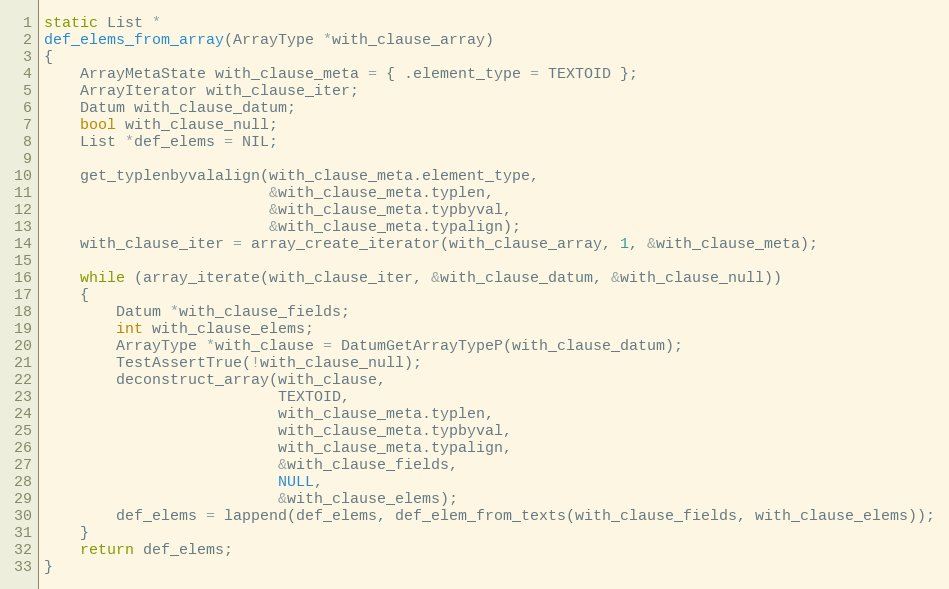
Language: C
static List *
def_elems_from_array(ArrayType *with_clause_array)
{
	ArrayMetaState with_clause_meta = { .element_type = TEXTOID };
	ArrayIterator with_clause_iter;
	Datum with_clause_datum;
	bool with_clause_null;
	List *def_elems = NIL;

	get_typlenbyvalalign(with_clause_meta.element_type,
						 &with_clause_meta.typlen,
						 &with_clause_meta.typbyval,
						 &with_clause_meta.typalign);
	with_clause_iter = array_create_iterator(with_clause_array, 1, &with_clause_meta);

	while (array_iterate(with_clause_iter, &with_clause_datum, &with_clause_null))
	{
		Datum *with_clause_fields;
		int with_clause_elems;
		ArrayType *with_clause = DatumGetArrayTypeP(with_clause_datum);
		TestAssertTrue(!with_clause_null);
		deconstruct_array(with_clause,
						  TEXTOID,
						  with_clause_meta.typlen,
						  with_clause_meta.typbyval,
						  with_clause_meta.typalign,
						  &with_clause_fields,
						  NULL,
						  &with_clause_elems);
		def_elems = lappend(def_elems, def_elem_from_texts(with_clause_fields, with_clause_elems));
	}
	return def_elems;
}